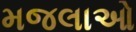
મજલાઓ